Indian journal of veterinary science and animal husbandry - Volumes 22-23, 1952-1953
Year: 1952
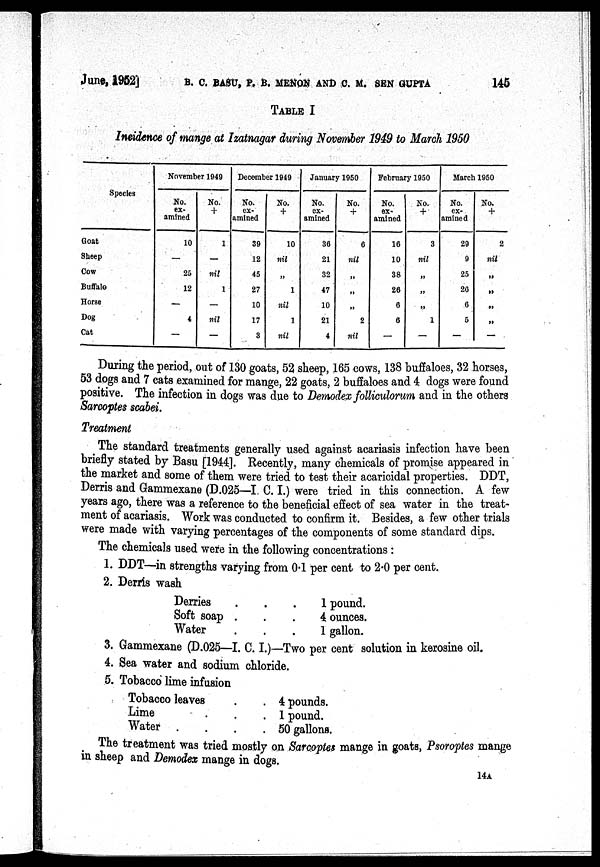
June, 1952] B. C. BASU, P. B. MENON AND C. M. SEN GUPTA 145
TABLE I
Incidence of mange at Izatnagar during November 1949 to March 1950
Species
Goat
Sheep
Cow
Buffalo
Horse
Dog
Cat
November 1949
No.
ex-
amined
10
—
25
12
—
4
—
No.
+
1
—
nil
1
—
nil
—
December 1949
No.
ex-
amined
39
12
45
27
10
17
3
No.
+
10
nil
„
1
nil
1
nil
January 1950
No.
ex-
amined
36
21
32
47
10
21
4
No.
+
6
nil
„
„
„
2
nil
February 1950
No.
ex-
amined
16
10
38
26
6
6
—
No.
+
3
nil
„
„
„
1
—
March 1950
No.
ex-
amined
29
9
25
26
6
5
—
No.
+
2
nil
99
„
„
99
—
During the period, out of 130 goats, 52 sheep, 165 cows, 138 buffaloes, 32 horses,
53 dogs and 7 cats examined for mange, 22 goats, 2 buffaloes and 4 dogs were found
positive. The infection in dogs was due to Demodex folliculorum and in the others
Sarcoptes scabei.
Treatment
The standard treatments generally used against acariasis infection have been
briefly stated by Basu [1944]. Recently, many chemicals of promise appeared in
the market and some of them were tried to test their acaricidal properties. DDT,
Derris and Gammexane (D.025—I. C. I.) were tried in this connection. A few
years ago, there was a reference to the beneficial effect of sea water in the treat-
ment of acariasis. Work was conducted to confirm it. Besides, a few other trials
were made with varying percentages of the components of some standard dips.
The chemicals used were in the following concentrations:
1. DDT—in strengths varying from 0.1 per cent to 2.0 per cent.
2. Derris wash
Derries . . .
Soft soap . . .
Water . . .
1 pound.
4 ounces.
1 gallon.
3. Gammexane (D.025—I. C. I.)—Two per cent solution in kerosine oil.
4. Sea water and sodium chloride.
5. Tobacco lime infusion
Tobacco leaves . .
Lime . . .
Water
.
.
.
.
4 pounds.
1 pound.
50 gallons.
The treatment was tried mostly on Sarcoptes mange in goats, Psoroptes mange
in sheep and Demodex mange in dogs.
14A